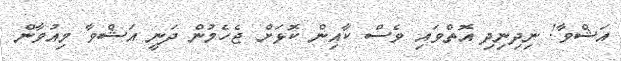
އަޝްވާ! ނިދިނިދި އޮތްވައި ވެސް ކާއިން ކޮޅަށް ޖެހެމުން ދަނީ އަޝްވާ މިއުވާން